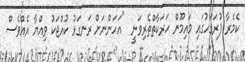
ކެމެރާ ފުރަގަހުގައި މައިމޫން ހަރަކާތްތެރިވަނީ  "އަހަންނަށް ރަނގަޅު ކުއްޖަކު ވިއްޔާ އެއްވެސް